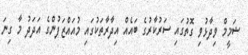
ޝަމީމް ވިދާޅުވި ގޮތުގައި ސަރުކާރުގެ ބައެއް އިދާރާތަކުގައި މުއައްޒަފުންގެ އަދަދު މާ ގިނަ